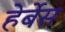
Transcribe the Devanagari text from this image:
हेर्बेस